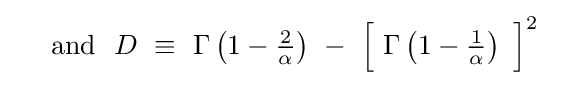
~\quad {\text{and}}~~D\ \equiv \ \Gamma \left(1-{\tfrac {2}{\alpha }}\right)\ -\ {\Bigl [}\ \Gamma \left(1-{\tfrac {1}{\alpha }}\right)\ {\Bigr ]}^{2}~